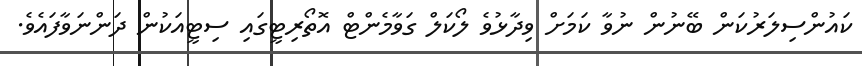
ކައުންސިލަރުކަން ބޭނުން ނުވާ ކަމަށް ވިދާޅުވެ ލޯކަލް ގަވާމެންޓް އޮތޯރިޓީގައި ސިޓީއަކުން ދަންނަވާފައެވެ.